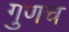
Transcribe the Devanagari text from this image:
गुणच